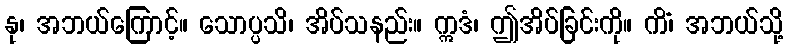
နု၊ အဘယ်ကြောင့်။ သောပ္ပသိ၊ အိပ်သနည်း။ ဣဒံ၊ ဤအိပ်ခြင်းကို။ ကိံ၊ အဘယ်သို့